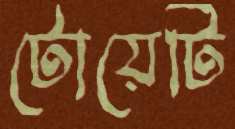
টোয়েটি